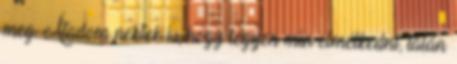
meg. Átadom nektek is, hogy legyen min elmélkedni, talán